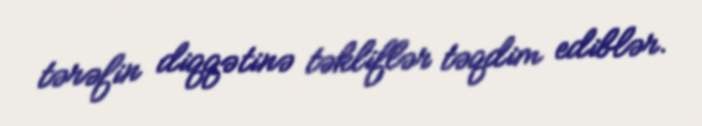
tərəfin diqqətinə təkliflər təqdim ediblər.